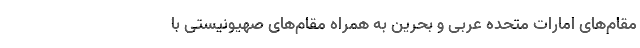
مقام‌های امارات متحده عربی و بحرین به همراه مقام‌های صهیونیستی با